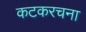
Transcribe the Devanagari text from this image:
कटकरचना